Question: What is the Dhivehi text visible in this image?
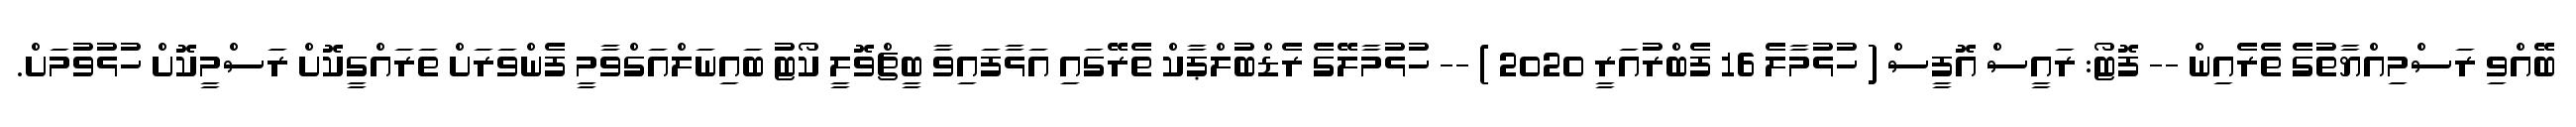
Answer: ބޭއްވި ރަސްމިއްޔާތުގެ ތެރެއިން -- ފޮޓޯ: ރައީސް އޮފީސް ( ހުޅުމާލެ 16 ފެބްރުއަރީ 2020 ) -- ހުޅުމާލޭގެ ރެޑްބުލްޕާކް ތެރޭގައި އަޅާފައިވާ ބީޗްވޮލީ ކޯޓު ބައިނަލްއަގްވާމީ ފެންވަރަށް ތަރައްގީކޮށް ރަސްމީކޮށް ހުޅުވުމަށް.